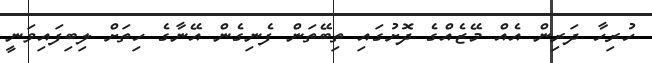
ހުރިހާ ދަރިން އެއް މޭޒެއްގެ ދޮށުގައި ތިބޭތަން ފެނިގެން އޭނާގެ ހިތަށް ލިބިފައިވަނީ